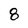
Character: 8